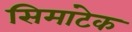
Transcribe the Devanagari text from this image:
सिमांटेक